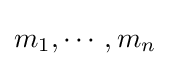
m_{1},\cdots ,m_{n}